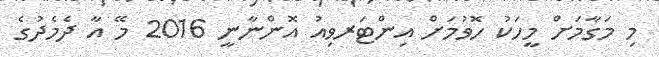
މި މަގާމަށް މީހަކު ހޮވުމަށް އިންޓަރވިއު އޮންނާނީ 2016 މޭ އާ ދެމެދުގެ